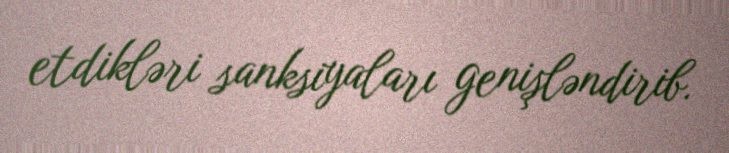
etdikləri sanksiyaları genişləndirib.